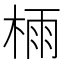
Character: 𣔯